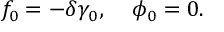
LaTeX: f _ { 0 } = - \delta \gamma _ { 0 } , \; \; \; \; \phi _ { 0 } = 0 .